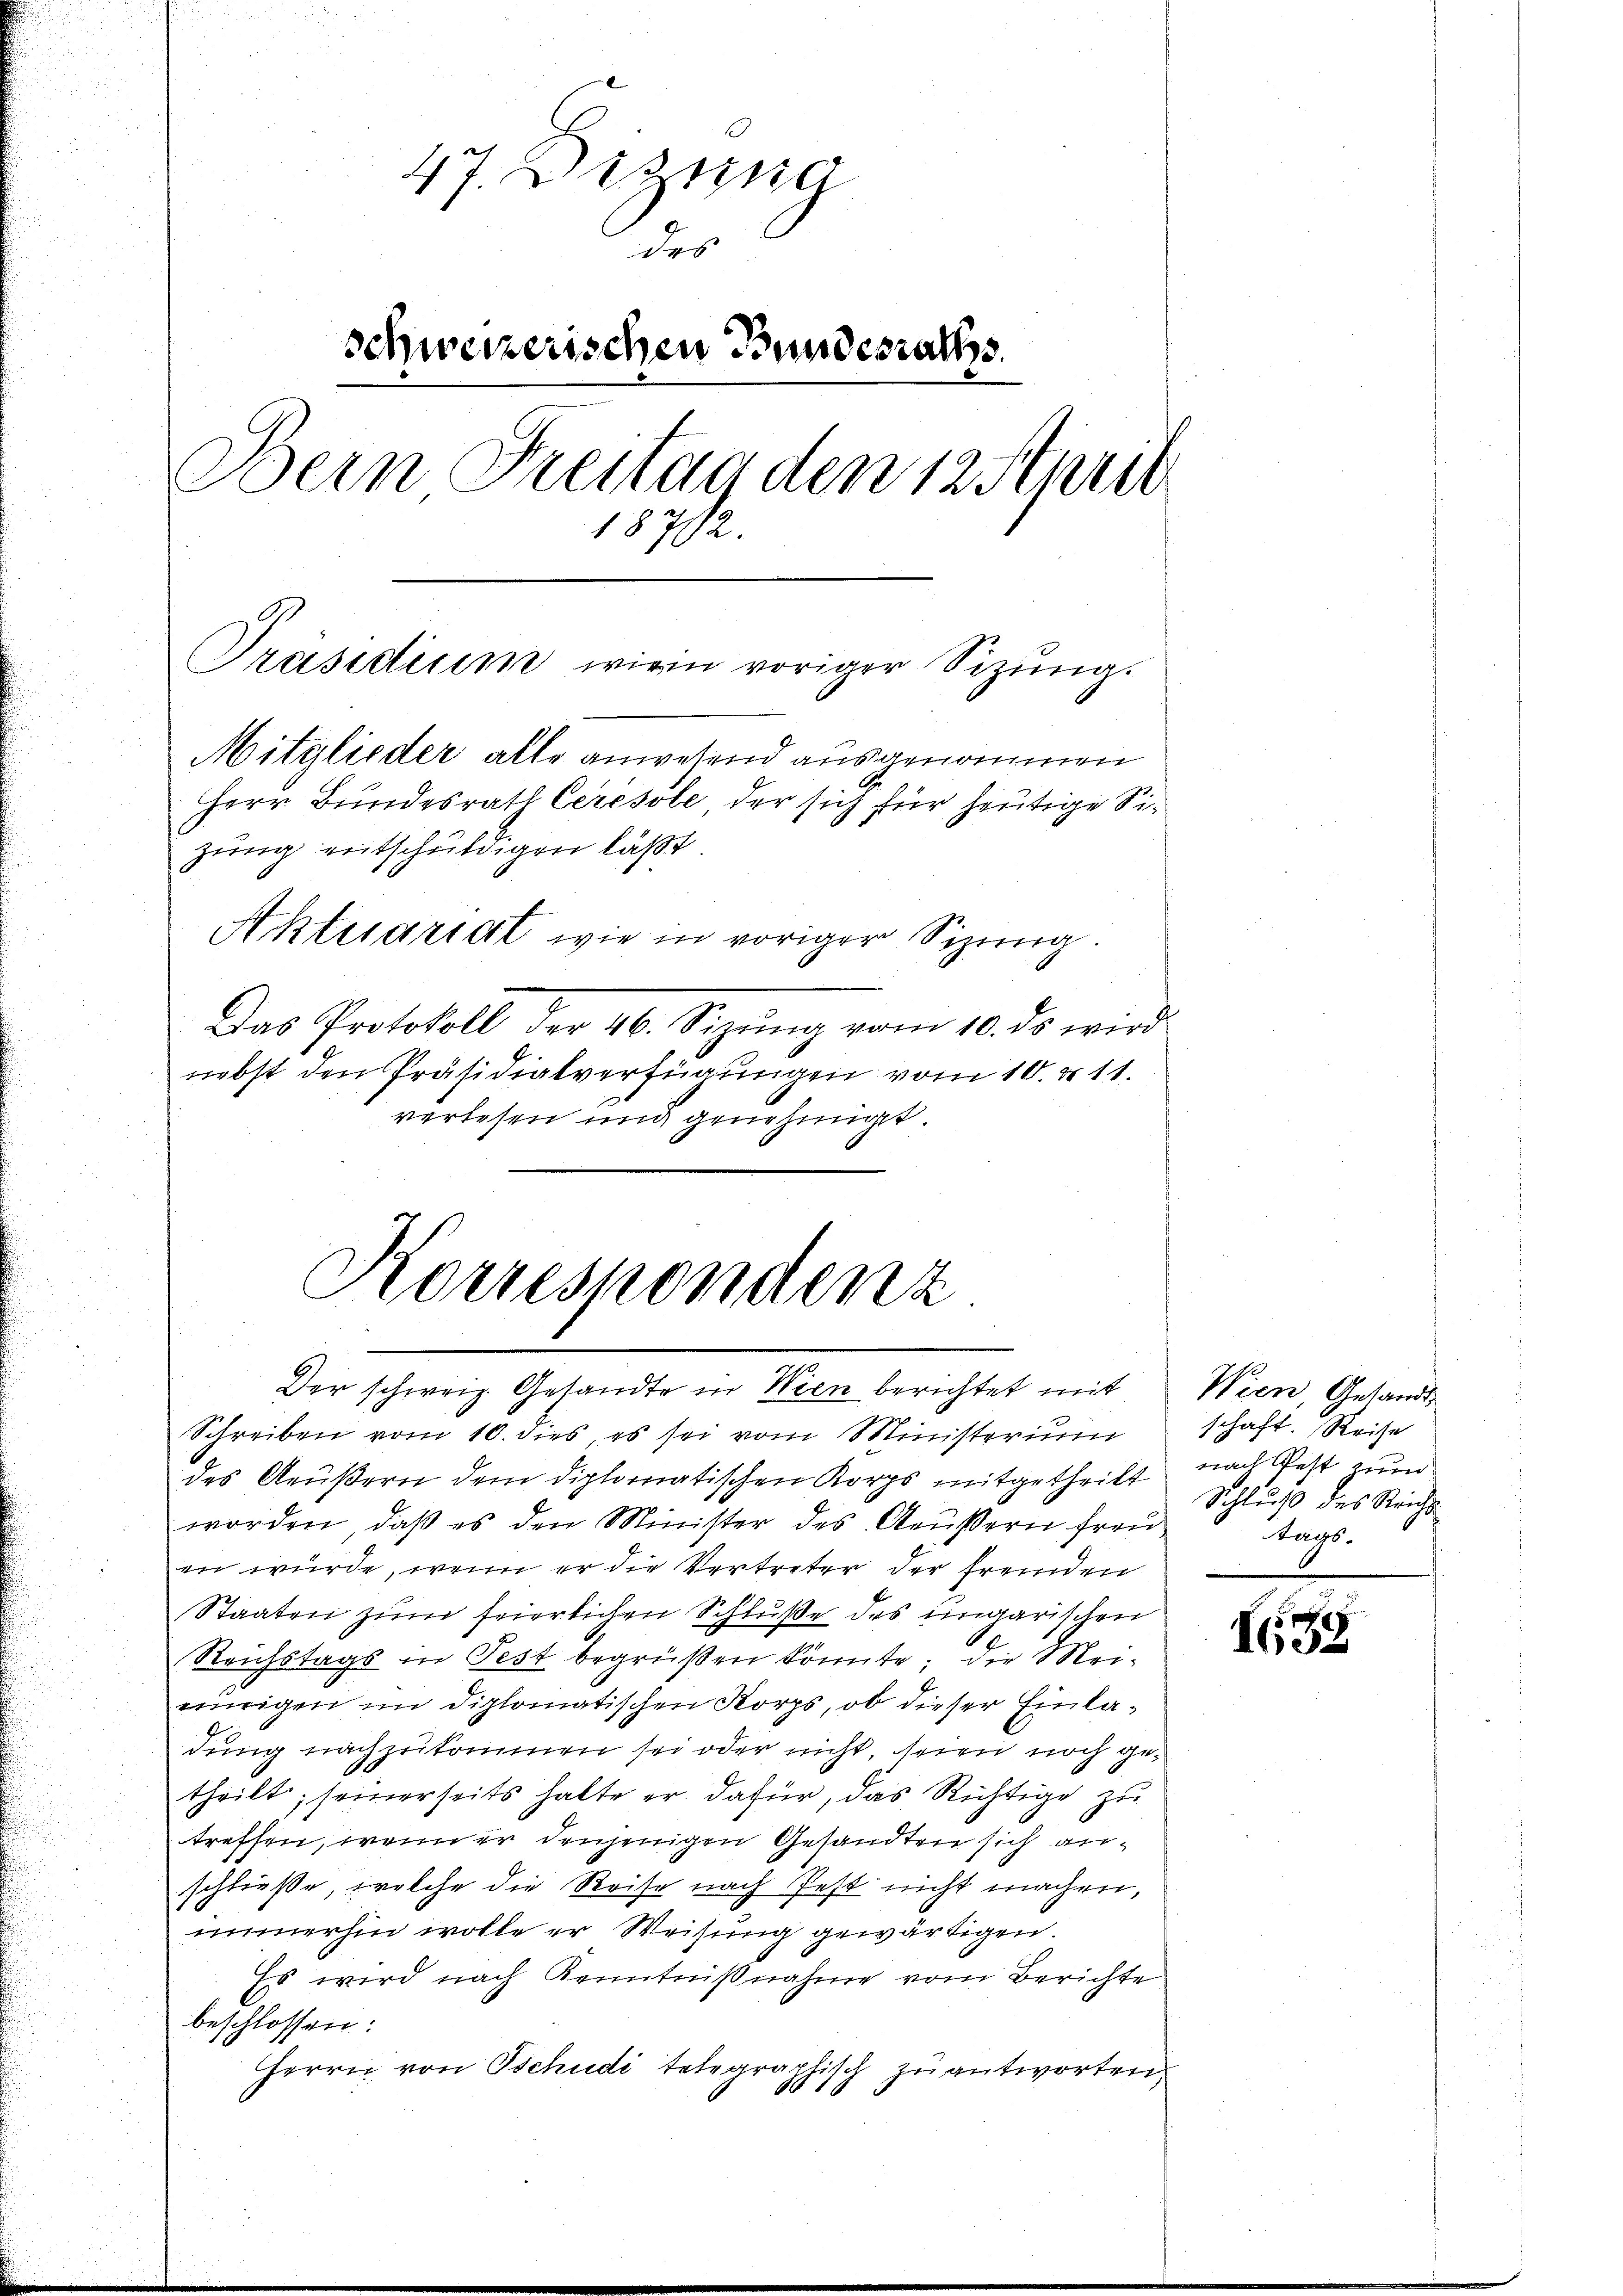
47. Dessig
des
schweizerischen Bundesraths
Bern Freitag den 12 Stund
1872.
Präsidium wien voriger Sizig.
Mitglieder alle anwesend ausgenommen
Herr Bundesrath Ceresole der sich für heutige Sizung entschuldigen laßt.
Aktuariat wie in voriger Sizung.

Das Protokoll der 46. Sizŭng vom 10. ds wird
nebst den Präsidialverfügungen vom 10. u 11.
verlesen und genehmiget

Korrespondenz
Der schweiz. Gesandte in Wien berichtet mit

Schreiben vom 10. dies, es sei vom Ministeriu
des Aeußern dem diplomatischen Korps mitgetheilt
worden, daβ es den Minister des Aeŭβern freu
in würde, wenn er die Vertreter der fremden
Staaten zum feierlichen Schluße des ungarischen
Reichstags in Pest begrüßen könnte; die Mei-
einigen im diplomatischen Korps, ob dieser Einladung nachzukommen sei oder nicht, seien noch getheilt; seinerseits halte er dafür, das Richtige zu
treffen, wenn er denjenigen Gesandten sich anschließe, welche die Reise nach Pest nicht machen,
immerhin wolle er Weisung gewärtigen.
Es wird nach Kenntnißnahme vom Berichte
beschlossen:
Herrn von Tschudi telegraphisch zu antworten
816

Wien Gesandt
schaft. Reise
nach Pest zum
Schluß des Reichs
tags-

1
160